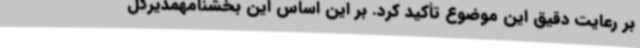
بر رعایت دقیق این موضوع تأکید کرد. بر این اساس این بخشنامهمدیرکل